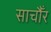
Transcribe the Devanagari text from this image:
साचौँर